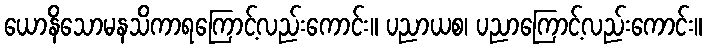
ယောနိသောမနသိကာရကြောင့်လည်းကောင်း။ ပညာယစ၊ ပညာကြောင့်လည်းကောင်း။